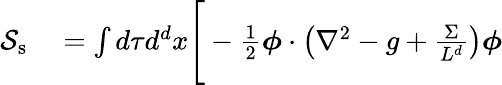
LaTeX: \begin{array}{rl}{\mathcal{S}_{\mathrm{s}}}&{{}=\int d\tau d^{d}x\Bigg[-\frac{1}{2}\boldsymbol{\phi}\cdot\left(\nabla^{2}-g+\frac{\Sigma}{L^{d}}\right)\boldsymbol{\phi}}\end{array}